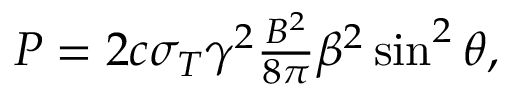
\begin{array} { r } { P = 2 c \sigma _ { T } \gamma ^ { 2 } \frac { B ^ { 2 } } { 8 \pi } \beta ^ { 2 } \sin ^ { 2 } \theta , } \end{array}